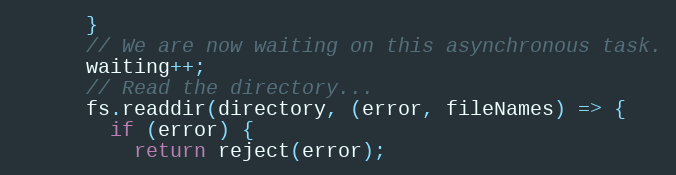
Language: JavaScript
      }
      // We are now waiting on this asynchronous task.
      waiting++;
      // Read the directory...
      fs.readdir(directory, (error, fileNames) => {
        if (error) {
          return reject(error);